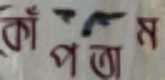
কাঁপতাম